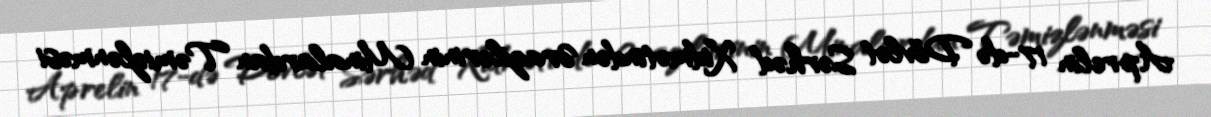
Aprelin 17-də Dövlət Sərhəd Xidmətindən Ərazilərinin Minalardan Təmizlənməsi